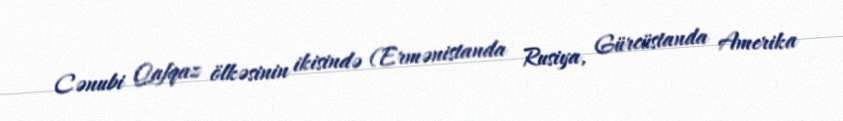
Cənubi Qafqaz ölkəsinin ikisində (Ermənistanda Rusiya, Gürcüstanda Amerika